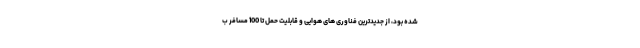
شده بود، از جدیدترین فناوری های هوایی و قابلیت حمل تا 100 مسافر ب